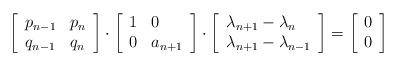
LaTeX: \begin{align*}\left[\begin{array}{ll} p_{n-1} & p_{n}\\ q_{n-1} & q_{n}\end{array}\right]\cdot\left[\begin{array}{ll} 1 & 0\\ 0 & a_{n+1}\end{array}\right]\cdot\left[\begin{array}{l} \lambda_{n+1}-\lambda_n \\ \lambda_{n+1}-\lambda_{n-1}\end{array}\right] = \left[\begin{array}{l} 0 \\ 0\end{array}\right] \end{align*}